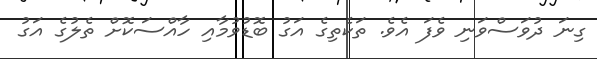
ގިނަ ދުވަސްވަނި ވެފަ އެވެ. ތަކެތިގެ އަގު ބޮޑުވުމާއި ހާއްސަކޮށް ތެލުގެ އަގު